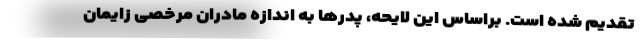
تقدیم شده است. براساس این لایحه، پدرها به اندازه مادران مرخصی زایمان